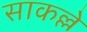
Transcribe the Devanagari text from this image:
साकल्ले